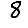
Digit: 8